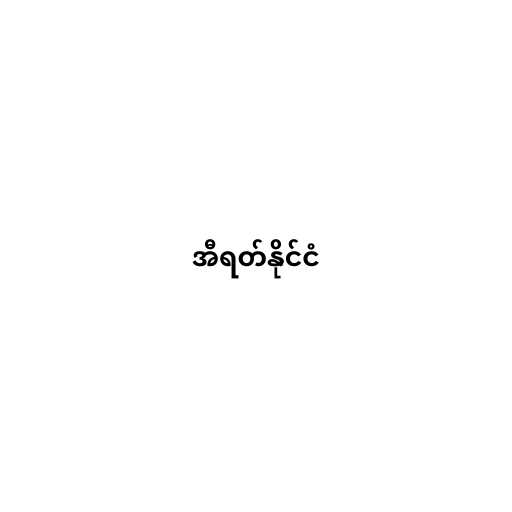
အီရတ်နိုင်ငံ